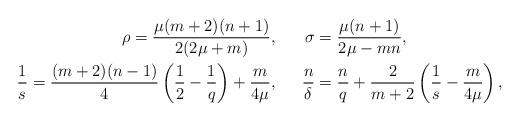
LaTeX: \begin{align*} \rho=\frac{\mu (m+2)(n+1)} {2(2\mu +m)}&, & \sigma &= \frac {\mu (n+1)}{ 2\mu -mn}, \\ \frac 1 s= \frac{(m+2)(n-1)}4 \left( \frac 1 2 -\frac 1 q\right) +\frac m {4 \mu}&, & \frac n \delta&=\frac n q + \frac 2 {m+2} \left( \frac 1 s -\frac m {4\mu} \right), \end{align*}